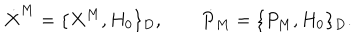
\dot { X } ^ { M } = \{ X ^ { M } , H _ { 0 } \} _ { D } , \qquad \dot { P } _ { M } = \{ P _ { M } , H _ { 0 } \} _ { D } .